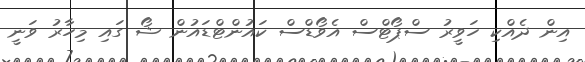
އިން ދެއްކި ހަވީރު ސްޕޯޓްސް އެވޯޑްސް ކައުންޓްޑައުން ޝޯ ގައި މިހާރު ވަނީ